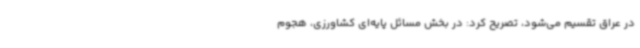
در عراق تقسیم می‌شود، تصریح کرد: در بخش مسائل پایه‌ای کشاورزی، هجوم